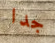
جدا